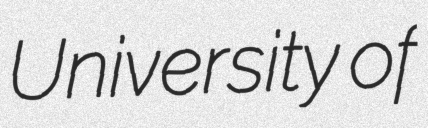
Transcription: University of